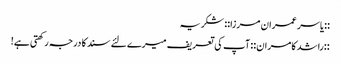
::یاسر عمران مرزا::‌ شکریہ
::راشد کامران:: آپ کی تعریف میرے لئے سند کا درجہ رکھتی ہے!